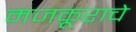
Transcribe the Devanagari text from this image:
मजकूराचे